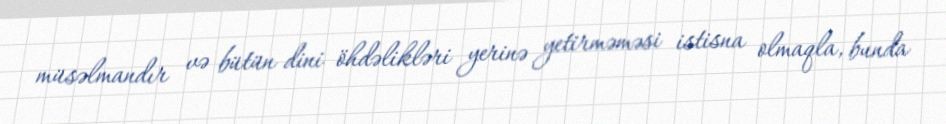
müsəlmandır və bütün dini öhdəlikləri yerinə yetirməməsi istisna olmaqla, bunda